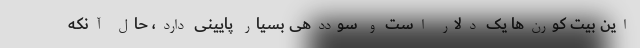
این بیت کورن‌ها یک دلار است و سوددهی بسیار پایینی دارد، حال آنکه